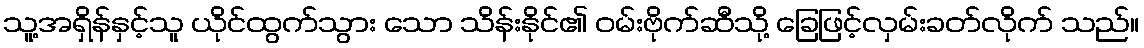
သူ့အရှိန်နှင့်သူ ယိုင်ထွက်သွား သော သိန်းနိုင်၏ ဝမ်းဗိုက်ဆီသို့ ခြေဖြင့်လှမ်းခတ်လိုက် သည်။